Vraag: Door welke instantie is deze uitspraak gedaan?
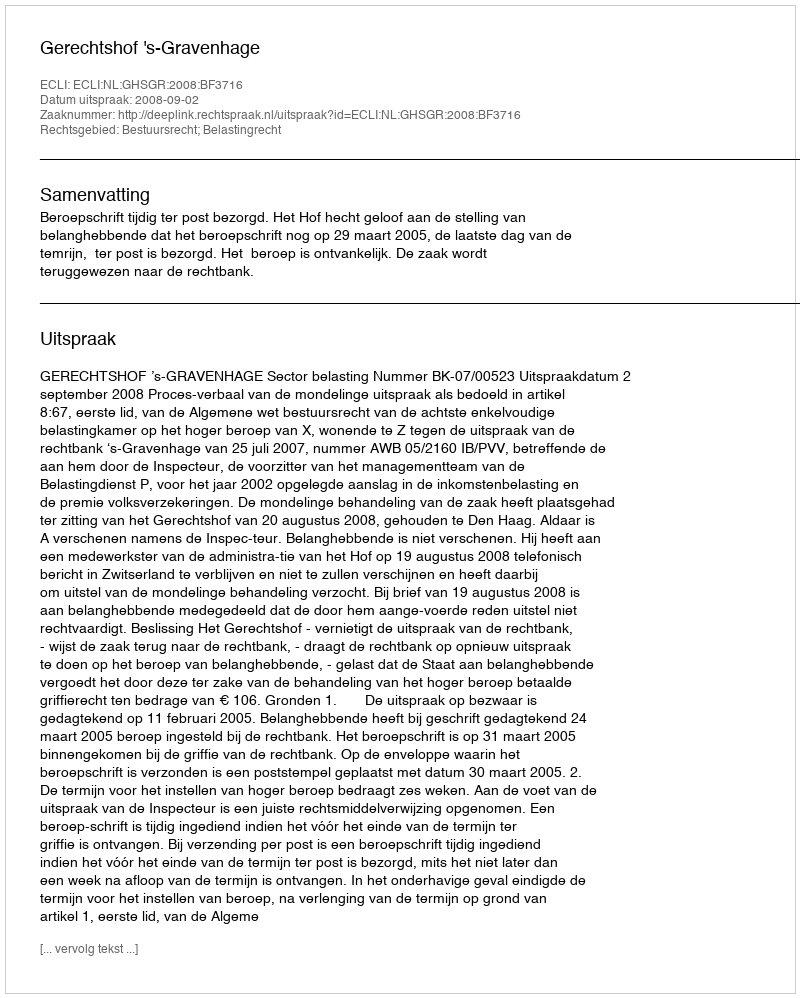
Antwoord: Gerechtshof 's-Gravenhage